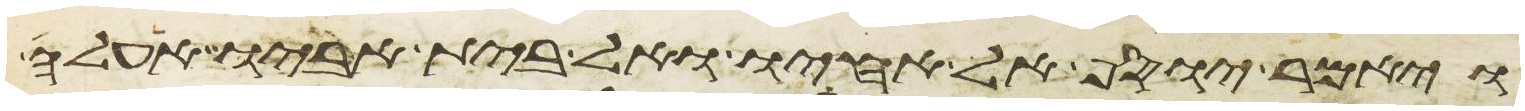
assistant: ויאמר יוסף אל אחיו ואל בית אביו אעלה